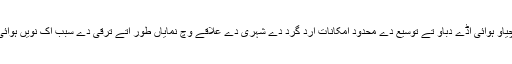
1990ء د‏‏ی دہائی دے دوران ہونگچیاو ہوائی اڈے دباو تے توسیع دے محدود امکانات ارد گرد دے شہری دے علاقے وچ نمایاں طور اُتے ترقی دے سبب اک نويں ہوائی اڈاے دا قیام ناگزیر ہوئے گیا سی ۔